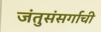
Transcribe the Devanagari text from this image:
जंतुसंसर्गाची